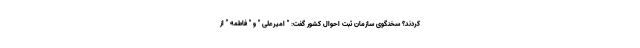
کردند؟ سخنگوی سازمان ثبت احوال کشور گفت: " امیرعلی " و " فاطمه " از